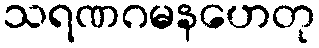
သရဏဂမနဟေတု